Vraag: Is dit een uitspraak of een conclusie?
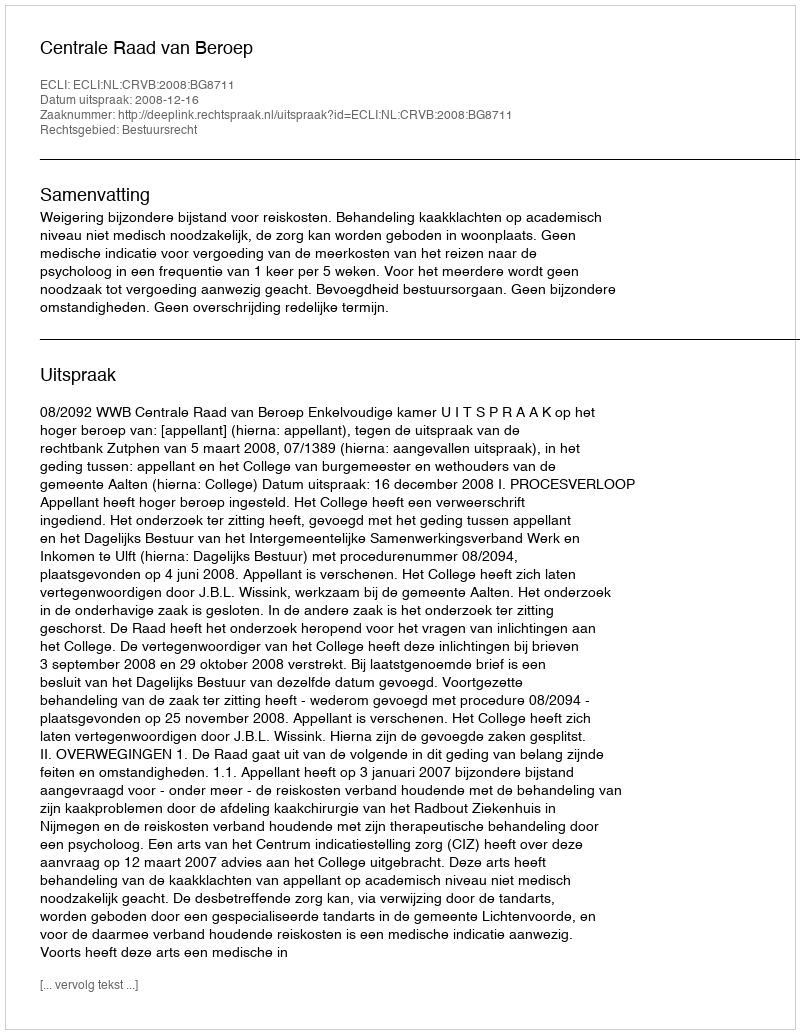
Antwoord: Uitspraak